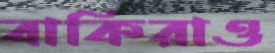
বাকিরাও